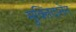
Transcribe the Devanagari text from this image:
मुक्तिदानेन